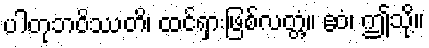
ပါတုဘဝိဿတိ၊ ထင်ရှားဖြစ်လတ္တံ့။ ဧဝံ၊ ဤသို့။